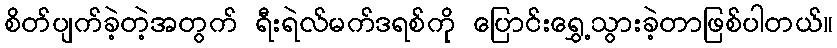
စိတ်ပျက်ခဲ့တဲ့အတွက် ရီးရဲလ်မက်ဒရစ်ကို ပြောင်းရွှေ့သွားခဲ့တာဖြစ်ပါတယ်။